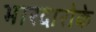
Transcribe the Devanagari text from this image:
भारदारोके